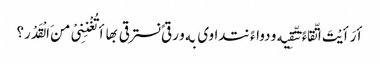
أرَأیْتَ اتّقاءً نتّقِیه و دواءً نتداوی به و رقیً نسترقی بها أتُغْنِنِیْ منَ الْقَدْر؟